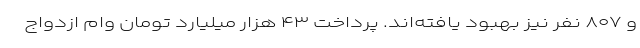
و ۸۰۷ نفر نیز بهبود یافته‌اند. پرداخت ۴۳ هزار میلیارد تومان وام ازدواج